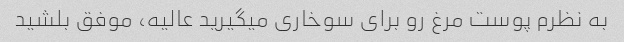
به نظرم پوست مرغ رو برای سوخاری میگیرید عالیه، موفق بلشید